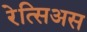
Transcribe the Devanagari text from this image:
रेत्सिअस